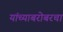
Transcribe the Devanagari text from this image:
यांच्याबरोबरचा